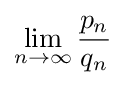
\lim _{n\to \infty }{\frac {p_{n}}{q_{n}}}